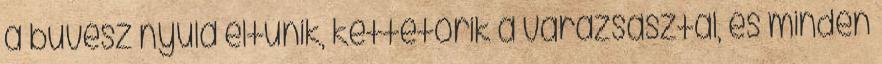
a bűvész nyula eltűnik, kettétörik a varázsasztal, és minden